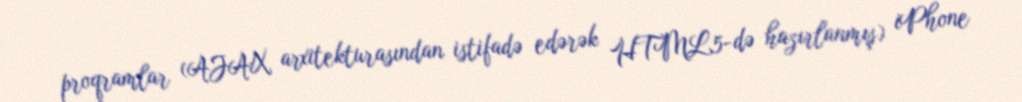
proqramlar (AJAX arxitekturasından istifadə edərək HTML5-də hazırlanmış) iPhone